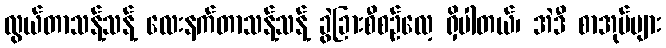
လွယ်တာသန့်သန့် လေးနက်တာသန့်သန့် ခွဲခြားစီစဉ်လေ့ ရှိပါတယ်၊ အဲဒီ စာအုပ်များ